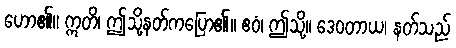
ဟော၏။ ဣတိ၊ ဤသို့နတ်ကပြော၏။ ဧဝံ၊ ဤသို့။ ဒေဝတာယ၊ နတ်သည်